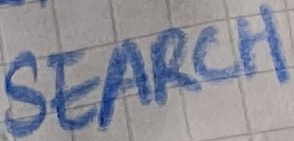
Text: SEARCH